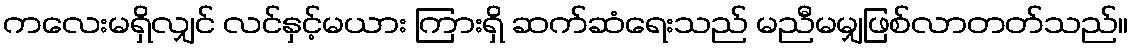
ကလေးမရှိလျှင် လင်နှင့်မယား ကြားရှိ ဆက်ဆံရေးသည် မညီမမျှဖြစ်လာတတ်သည်။